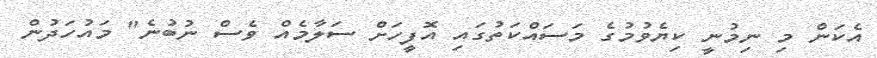
އެކަން މި ނިމުނީ ކިޔެވުމުގެ މަސައްކަތުގައި އޮފީހަށް ސަލާމެއް ވެސް ނުބުނެ" މައުހަދުން